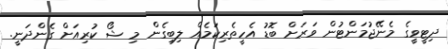
ދިޓީވީގެ މެނޭޖުމަންޓުން ވަރަށް ބޮޑު އެހީތެރިކަމެއް ލިބިގެން މި ޝޯ ކުރިއަށް ގެންދަނީ.